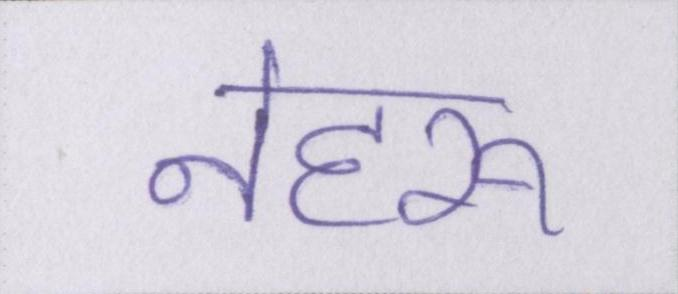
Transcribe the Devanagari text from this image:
नेहरू